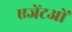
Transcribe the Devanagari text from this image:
एजेंटओं